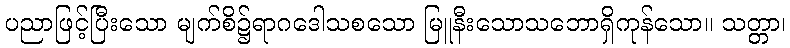
ပညာဖြင့်ပြီးသော မျက်စိ၌ရာဂဒေါသစသော မြူနီးသောသဘောရှိကုန်သော။ သတ္တာ၊